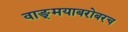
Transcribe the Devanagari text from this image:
वाङ्‌मयाबरोबरच